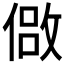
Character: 𫣈